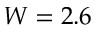
W = 2 . 6